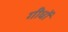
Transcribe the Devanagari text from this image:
गीधों